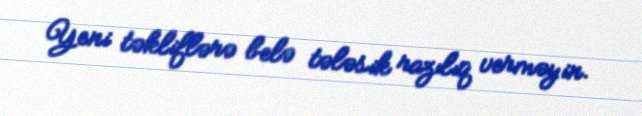
Yeni təkliflərə belə tələsik razılıq verməyin.